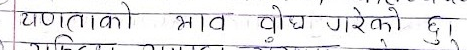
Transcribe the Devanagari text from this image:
यथार्तताको भाव बोध गरेको छु।